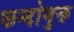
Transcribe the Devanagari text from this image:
छन्दोमुक्त